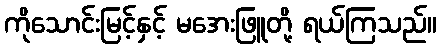
ကိုသောင်းမြင့်နှင့် မအေးဖြူတို့ ရယ်ကြသည်။